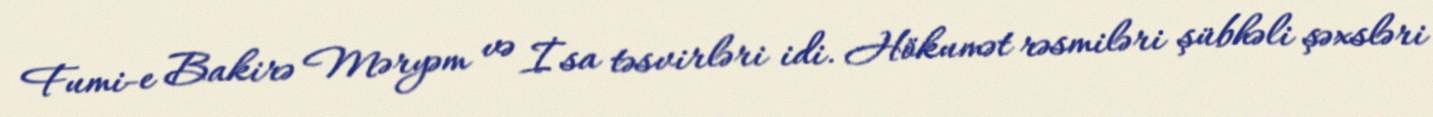
Fumi-e Bakirə Məryəm və İsa təsvirləri idi. Hökumət rəsmiləri şübhəli şəxsləri